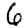
Digit: 6